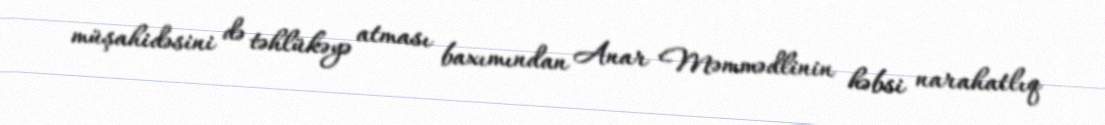
müşahidəsini də təhlükəyə atması baxımından Anar Məmmədlinin həbsi narahatlıq